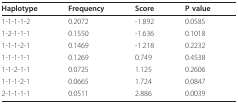
| Haplotype | Frequency | Score | P value |
 | --- | --- | --- | --- |
 | 1-1-1-1-2 | 0.2072 | -1.892 | 0.0585 |
 | 1-2-1-1-1 | 0.1550 | -1.636 | 0.1018 |
 | 1-1-1-2-1 | 0.1469 | -1.218 | 0.2232 |
 | 1-1-1-1-1 | 0.1269 | 0.749 | 0.4538 |
 | 1-1-2-1-1 | 0.0725 | 1.125 | 0.2606 |
 | 1-1-1-2-1 | 0.0665 | 1.724 | 0.0847 |
 | 2-1-1-1-1 | 0.0511 | 2.886 | 0.0039 |